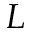
L